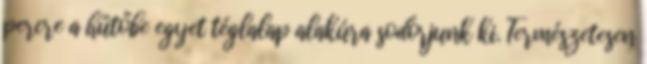
percre a hűtőbe egyet téglalap alakúra sodorjunk ki. Természetesen